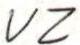
VZ